Annual administration report of the Civil Veterinary Department of India - 1899-1900
Year: 1899
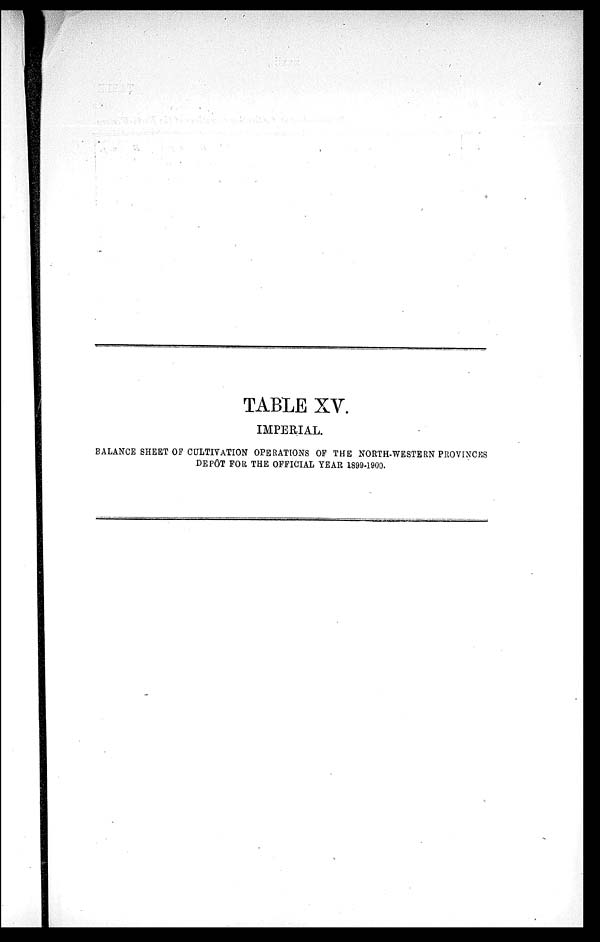
TABLE XV.
IMPERIAL.
BALANCE SHEET OF CULTIVATION OPERATIONS OF THE NORTH-WESTERN PROVINCES
DEPÔT FOR THE OFFICIAL YEAR 1899-1900.